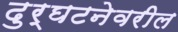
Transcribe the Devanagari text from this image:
दुर्घटनेवरील